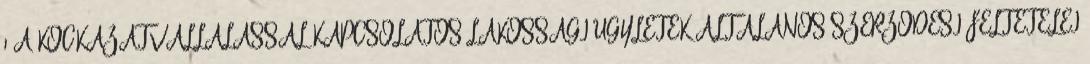
1 A KOCKÁZATVÁLLALÁSSAL KAPCSOLATOS LAKOSSÁGI ÜGYLETEK ÁLTALÁNOS SZERZŐDÉSI FELTÉTELEI